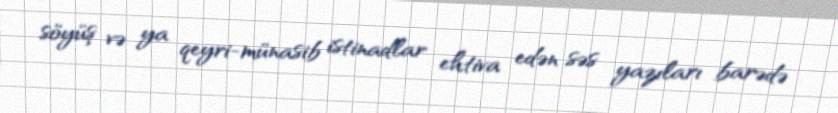
söyüş və ya qeyri-münasib istinadlar ehtiva edən səs yazıları barədə